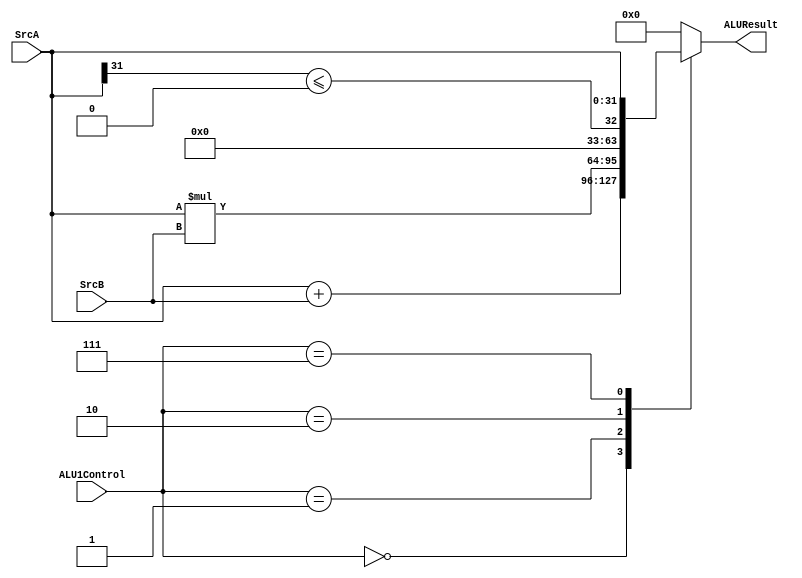
/***************************************
 * ALU Execution Unit for NNDesign Project
 * PURPOSE: 
 *		It is a big part ALU Module
 *	May 19, 2016
  * Saroj Bardewa
********************************************/

module ALU1(ALUResult, ALU1Control,SrcA, SrcB);
parameter 				nBits = 32;
input [nBits-1:0] 		SrcA,SrcB;    // Inputs to the ALU
input [2:0] 			ALU1Control;  // Control Signals
output[nBits-1:0] 		ALUResult;	  // Result of ALU

reg signed [nBits-1:0] ALUResult;     // Set output as a register

always@(ALU1Control,SrcA,SrcB) 
begin
	case(ALU1Control)
		3'b000:        //Add the data(add)
             ALUResult = SrcA+SrcB;
		3'b001:		 //Multiply the data (mul)
			begin
				ALUResult = SrcA*SrcB; 
				
			end
		3'b010:		// Set if non-negative
			begin
				ALUResult = SrcA[nBits-1]<=0; //If MSB is 1, know that is is negative  
			end
		3'b111:		// No nothing		
			 ALUResult = SrcA;   
			 
		default:   	
			ALUResult = 32'd0;    // This stage should never occur
	endcase
	
end
endmodule